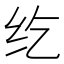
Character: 纥